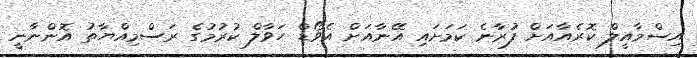
އިސްމާއީލް ކޮރެއާއަށް ފުރާނެ ކަމަށައި އޭނާއަށް އެވޯޑް ހަވާލް ކުރުމުގެ ރަސްމިއްޔާތު އޮންނާނީ